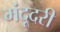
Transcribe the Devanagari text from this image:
मंदूदरी